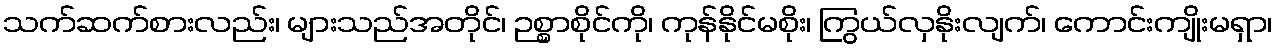
သက်ဆက်စားလည်း၊ များသည်အတိုင်၊ ဉစ္စာစိုင်ကို၊ ကုန်နိုင်မစိုး၊ ကြွယ်လှနိုးလျက်၊ ကောင်းကျိုးမရှာ၊